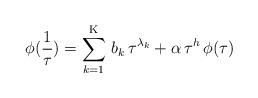
LaTeX: \begin{align*}\phi(\frac{1}{\tau}) = \sum_{k=1}^{\mathrm{K}} \, b_k \, \tau^{\lambda_k} + \alpha \,\tau^h \, \phi(\tau) \end{align*}